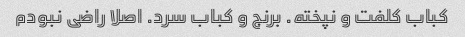
کباب کلفت و نپخته. برنج و کباب سرد. اصلا راضی نبودم